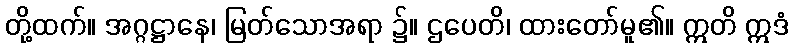
တို့ထက်။ အဂ္ဂဋ္ဌာနေ၊ မြတ်သောအရာ ၌။ ဌပေတိ၊ ထားတော်မူ၏။ ဣတိ ဣဒံ